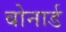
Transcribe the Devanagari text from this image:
बोनार्ड